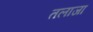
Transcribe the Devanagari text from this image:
तलाजा